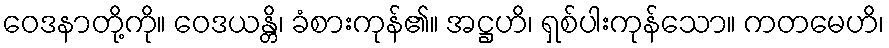
ဝေဒနာတို့ကို။ ဝေဒယန္တိ၊ ခံစားကုန်၏။ အဋ္ဌဟိ၊ ရှစ်ပါးကုန်သော။ ကတမေဟိ၊